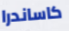
كاساندرا